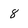
Character: 8